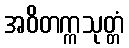
အဝိတက္ကသုတ္တံ